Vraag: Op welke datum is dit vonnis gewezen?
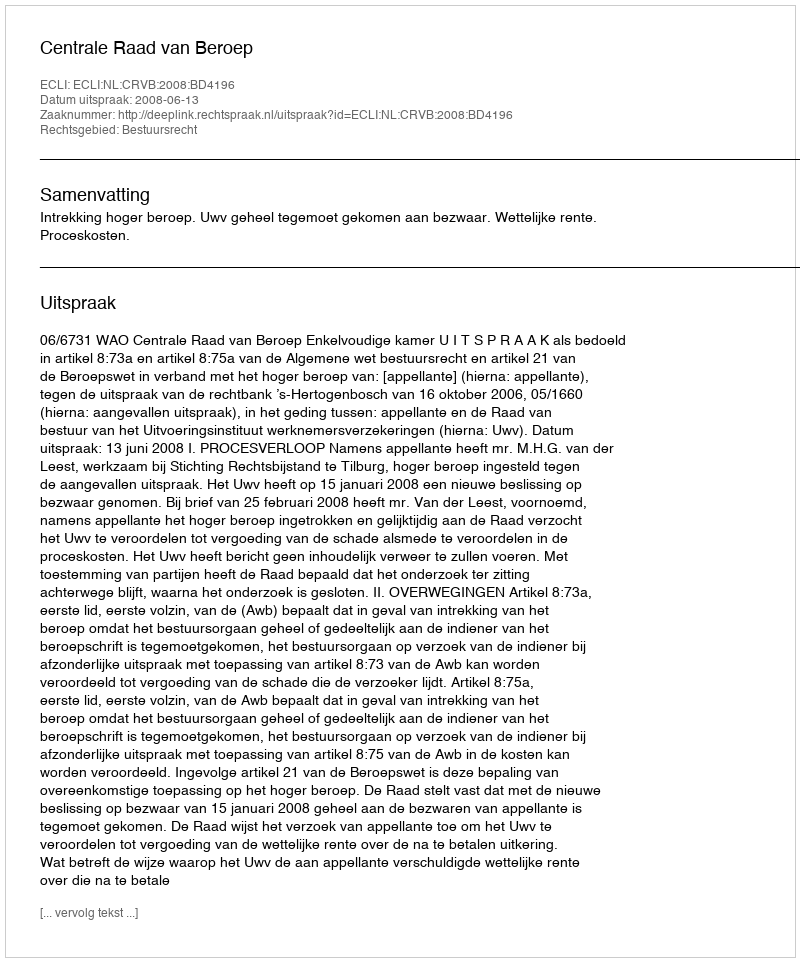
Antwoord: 2008-06-13